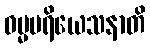
ဓမ္မပရိယေသနာတိ